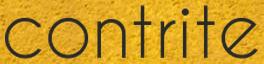
contrite